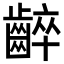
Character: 𪘧